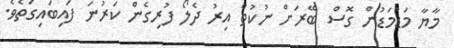
މާޔާ މަޑުމަޑުން ގޮސް ބޭރަށް ނުކުތް އިރު ދެލޯ ފުރިގެން ކަރުނަ ފައިބައިގަތެވެ.